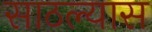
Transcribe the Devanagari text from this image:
साठल्यास